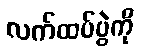
လက်ထပ်ပွဲကို